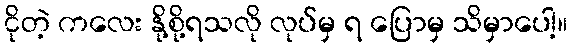
ငိုတဲ့ ကလေး နို့စို့ရသလို လုပ်မှ ရ ပြောမှ သိမှာပေါ့။